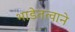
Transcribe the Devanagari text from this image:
भाडेतत्वाने